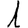
Digit: 1